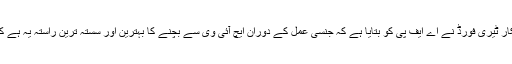
اے ایچ ایف سے وابستہ اہلکار ٹیری فورڈ نے اے ایف پی کو بتایا ہے کہ جنسی عمل کے دوران ایچ آئی وی سے بچنے کا بہترین اور سستہ ترین راستہ یہ ہے کہ کنڈوم استعمال کیا جائے۔